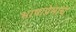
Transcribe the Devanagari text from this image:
भाषाप्रेमाचे